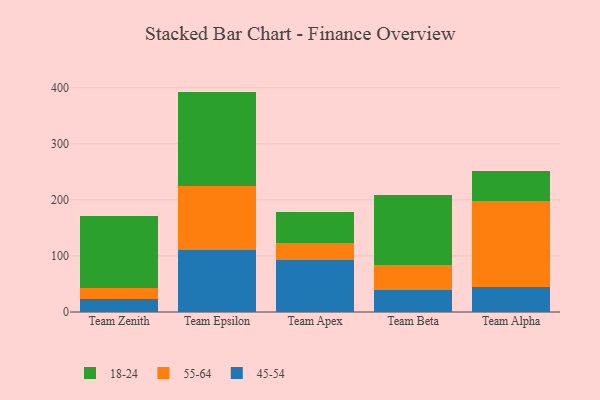
{"axis": {"x": "Team", "y": "Conversion Rate (%)"}, "legend": ["18-24", "45-54", "55-64"], "data": [{"x": "Team Zenith", "y": 23.7, "type": "45-54"}, {"x": "Team Zenith", "y": 19.3, "type": "55-64"}, {"x": "Team Zenith", "y": 127.9, "type": "18-24"}, {"x": "Team Epsilon", "y": 111.4, "type": "45-54"}, {"x": "Team Epsilon", "y": 112.7, "type": "55-64"}, {"x": "Team Epsilon", "y": 168.9, "type": "18-24"}, {"x": "Team Apex", "y": 91.9, "type": "45-54"}, {"x": "Team Apex", "y": 30.6, "type": "55-64"}, {"x": "Team Apex", "y": 56.3, "type": "18-24"}, {"x": "Team Beta", "y": 38.7, "type": "45-54"}, {"x": "Team Beta", "y": 44.9, "type": "55-64"}, {"x": "Team Beta", "y": 124.6, "type": "18-24"}, {"x": "Team Alpha", "y": 44.4, "type": "45-54"}, {"x": "Team Alpha", "y": 153.1, "type": "55-64"}, {"x": "Team Alpha", "y": 53.6, "type": "18-24"}]}